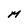
Character: M